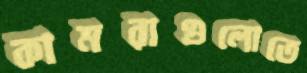
কামরাগুলোতে